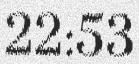
22:53